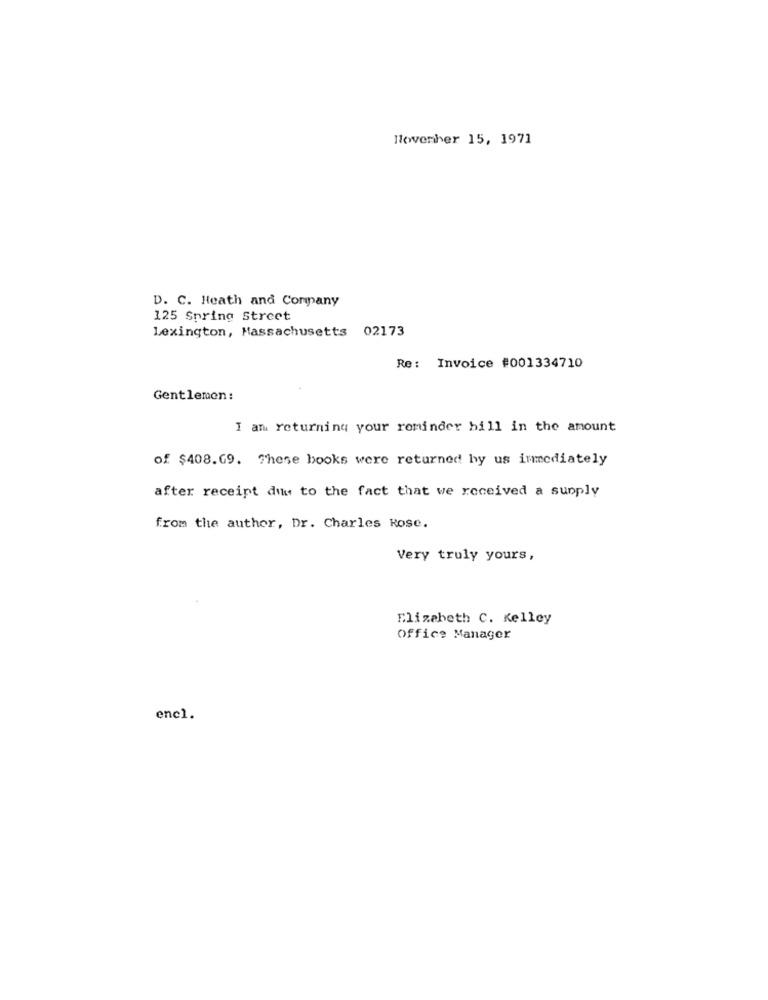
November 15, 1971
D. C. Heath and Company
125 Spring Street
Lexington, Massachusetts 02173
Re: Invoice #001334710
Gentlemen :
I am returning your reminder bill in the amount
of $408.69. These books were returned by us immediately
after receipt die to the fact that we received a supply
from the author, Dr. Charles Rose.
Very truly yours,
Elizabeth C. Kelley
Office Manager
encl.